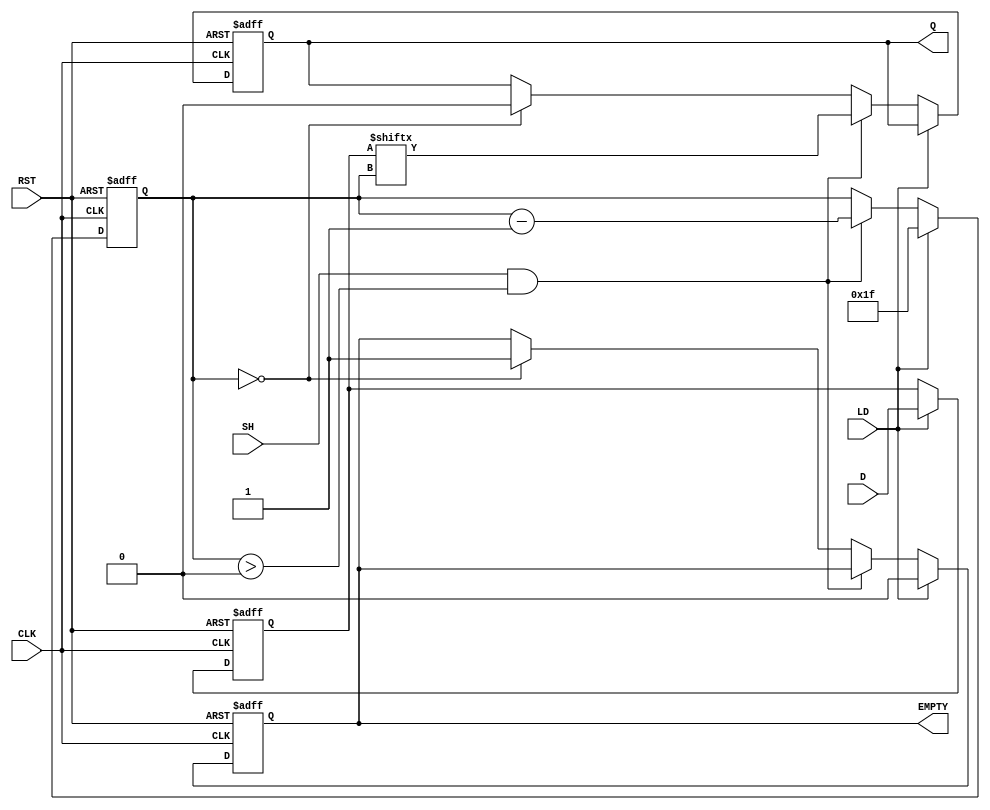
module PISO_32bit (
    input wire [31:0] D,      // Parallel Data Input
    input wire LD,            // Load control signal
    input wire SH,            // Shift control signal
    input wire CLK,           // Clock signal
    input wire RST,           // Asynchronous Reset
    output reg Q,             // Serial Output
    output reg EMPTY          // Empty flag
);

// Internal register to hold the parallel data
reg [31:0] REG;
reg [5:0] count; // 6-bit counter to track the bits shifted out

always @(posedge CLK or posedge RST) begin
    if (RST) begin
        REG <= 32'b0;         // Clear the register
        Q <= 1'b0;            // Clear output
        count <= 6'b0;        // Initialize counter
        EMPTY <= 1'b1;        // Initially empty
    end else begin
        if (LD) begin
            REG <= D;         // Load the parallel data
            count <= 6'd31;   // Set count to 31 for shifting out the MSB first
            EMPTY <= 1'b0;    // Not empty after loading data
        end else if (SH && (count > 0)) begin
            Q <= REG[count];   // Shift out the current bit
            count <= count - 1; // Decrement the counter
        end else if (count == 0) begin
            Q <= 1'b0;          // Once all bits are shifted out, output can be reset
            EMPTY <= 1'b1;      // Mark as empty
        end
    end
end

endmodule